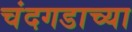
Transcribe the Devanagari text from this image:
चंदगडाच्या